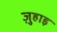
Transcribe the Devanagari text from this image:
ज़ुहाइ